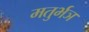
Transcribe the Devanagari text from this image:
मतुर्भञ